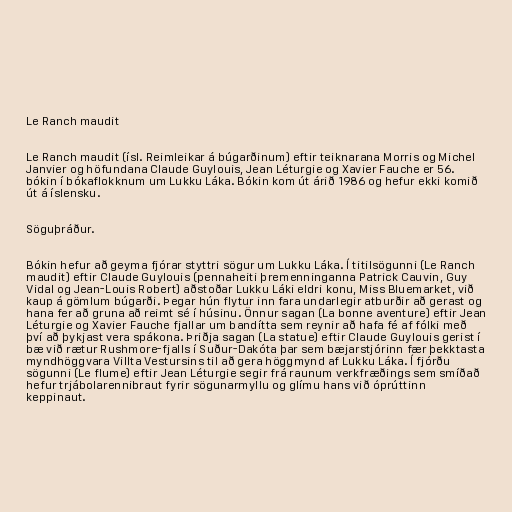
Le Ranch maudit

Le Ranch maudit (ísl. Reimleikar á búgarðinum) eftir teiknarana Morris og Michel
Janvier og höfundana Claude Guylouis, Jean Léturgie og Xavier Fauche er 56.
bókin í bókaflokknum um Lukku Láka. Bókin kom út árið 1986 og hefur ekki komið
út á íslensku.

Söguþráður.

Bókin hefur að geyma fjórar styttri sögur um Lukku Láka. Í titilsögunni (Le Ranch
maudit) eftir Claude Guylouis (pennaheiti þremenninganna Patrick Cauvin, Guy
Vidal og Jean-Louis Robert) aðstoðar Lukku Láki eldri konu, Miss Bluemarket, við
kaup á gömlum búgarði. Þegar hún flytur inn fara undarlegir atburðir að gerast og
hana fer að gruna að reimt sé í húsinu. Önnur sagan (La bonne aventure) eftir Jean
Léturgie og Xavier Fauche fjallar um bandítta sem reynir að hafa fé af fólki með
því að þykjast vera spákona. Þriðja sagan (La statue) eftir Claude Guylouis gerist í
bæ við rætur Rushmore-fjalls í Suður-Dakóta þar sem bæjarstjórinn fær þekktasta
myndhöggvara Villta Vestursins til að gera höggmynd af Lukku Láka. Í fjórðu
sögunni (Le flume) eftir Jean Léturgie segir frá raunum verkfræðings sem smíðað
hefur trjábolarennibraut fyrir sögunarmyllu og glímu hans við óprúttinn
keppinaut.